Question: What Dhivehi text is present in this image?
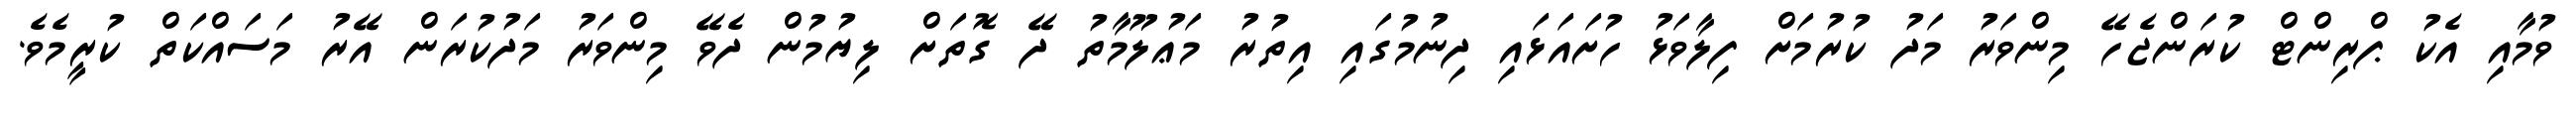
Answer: ވުމާއި އެކު ޕްރިންޓް ކުރަންޖެހޭ މިންވަރު މަދު ކުރުމަށް ފިލާވަޅު ހުށައަޅައި ދިނުމުގައި އިތުރު މަޢުލޫމާތު ދޭ ގޮތަށް ލިޔުމުން ދެވޭ މިންވަރު މަދުކުރަން އޭރު މަސައްކަތް ކުރީމެވެ.